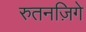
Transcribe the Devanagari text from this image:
रुतनज़िगे